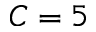
C = 5